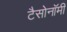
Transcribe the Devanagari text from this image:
टैसोनॉमी